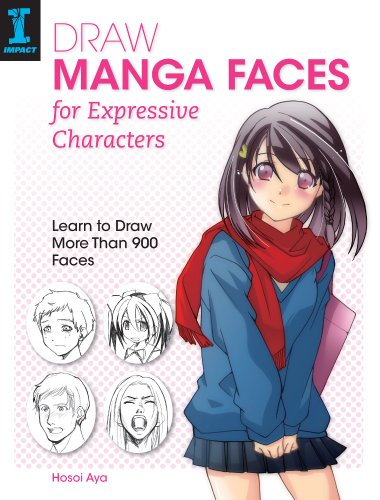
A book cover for Draw Manga Faces for Expressive Characters: Learn to Draw More Than 900 Faces; Hosoi Aya; Comics & Graphic Novels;